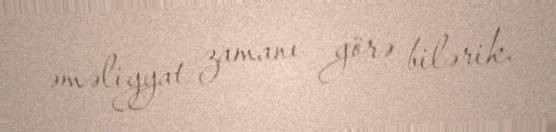
əməliyyat zamanı görə bilərik.